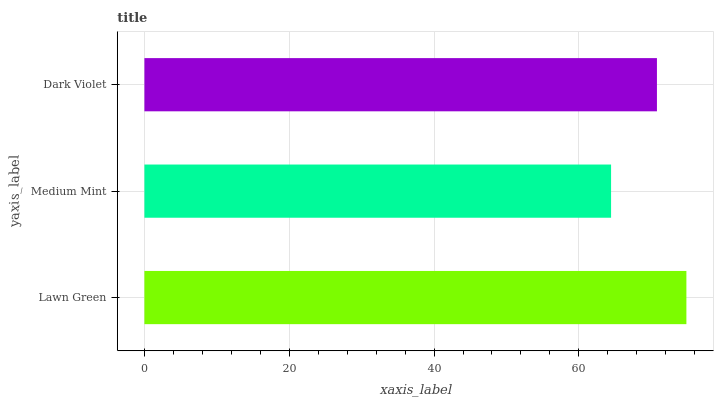
| yaxis_label | bars |
 | --- | --- |
 | Lawn Green | 74.8 |
 | Medium Mint | 64.4 |
 | Dark Violet | 70.8 |